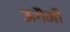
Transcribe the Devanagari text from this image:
ऊगैमी